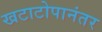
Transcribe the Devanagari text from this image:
खटाटोपानंतर